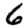
Digit: 6